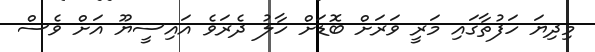
މިދިޔަ ހަފުތާގައި މަރީ ވަރަށް ބޮޑަށް ހާލު ދެރަވެ އައިސީޔޫ އަށް ވެސް